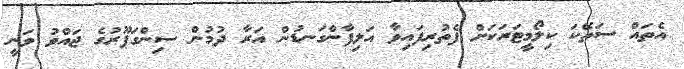
އެތައް ސަތޭކަ ކިލޯމީޓަރަކަށް ފެތުރިފައިވާ އަލިފާންގަނޑުން އަރާ ދުމުން ސިންގަޕޫރުގެ ޖައްވު ވަނީ